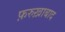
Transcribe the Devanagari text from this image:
फ़रुख़ाबाद